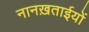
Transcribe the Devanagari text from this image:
नानख़ताईयों